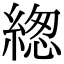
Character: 緫